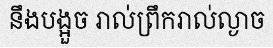
នឹងបង្អួច រាល់ព្រឹករាល់ល្ងាច